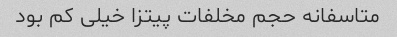
متاسفانه حجم مخلفات پیتزا خیلی کم بود